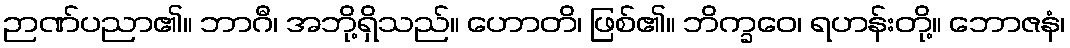
ဉာဏ်ပညာ၏။ ဘာဂီ၊ အဘို့ရှိသည်။ ဟောတိ၊ ဖြစ်၏။ ဘိက္ခဝေ၊ ရဟန်းတို့။ ဘောဇနံ၊